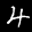
Label: 4